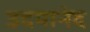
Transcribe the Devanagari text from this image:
उदयानंद